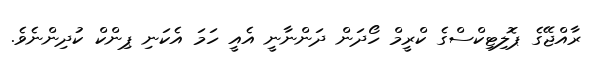
ރާއްޖޭގެ ޕޮލިޓިކްސްގެ ކްރީމް ހޯދަން ދަންނާނީ އެއީ ހަމަ އެކަނި ޕިންކް ކުދިންނެވެ.